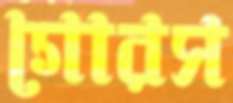
গোরস